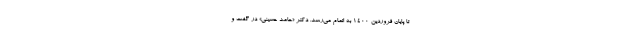
تا پایان فروردین ۱۴۰۰ به اتمام می‌رسد. دکتر «حامد حسینی» در گفت و